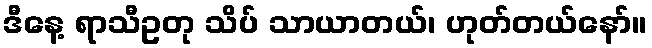
ဒီနေ့ ရာသီဥတု သိပ် သာယာတယ်၊ ဟုတ်တယ်နော်။